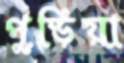
পুড়িয়া